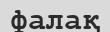
фалақ